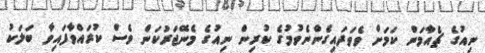
ނިއުގެ ޗެއާމަން ކަމަށް ވެވަދައިގެންނެވުމުގެ ކުރިން ނިއުގެ މެނޭޖަރުކަން ވެސް ކުރައްވާފައިވާ ބަލަކު